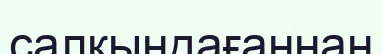
салқындағаннан